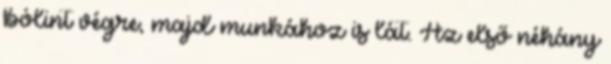
bólint végre, majd munkához is lát. Az első néhány